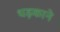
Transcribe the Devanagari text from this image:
धड़काने